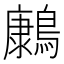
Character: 𮭔